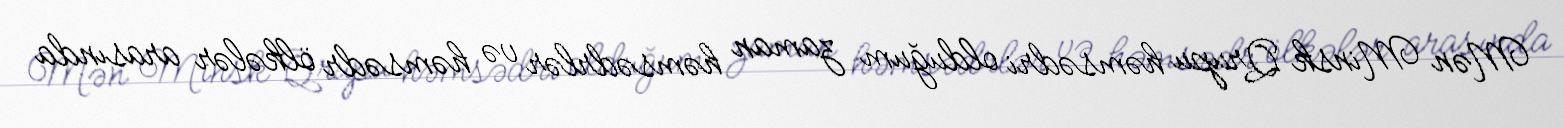
Mən Minsk Qrupu həmsədri olduğum zaman həmsədrlər və həmsədr ölkələr arasında